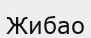
Жибао